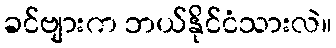
ခင်ဗျားက ဘယ်နိုင်ငံသားလဲ။